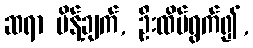
ဆရာ မိန့်ချက်, ဦးထိပ်ရွက်၍,